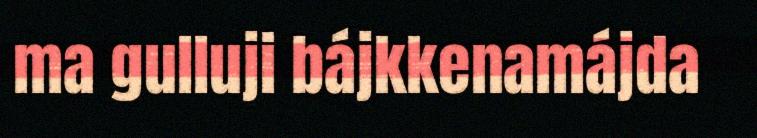
ma gulluji bájkkenamájda